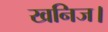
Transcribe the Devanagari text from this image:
खनिज।